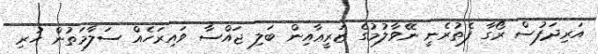
އަރިދަފުސް ރޯގާ ފެތުރެނީ ނޭވާލުމުގެ ޒަރީޢާއިން ބަލި ޖައްސާ ވައިރަހެއް ސަލާމަތުން ހުރި